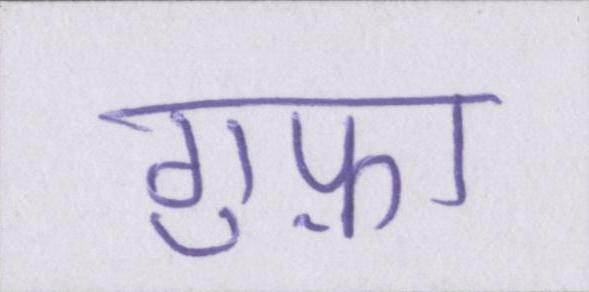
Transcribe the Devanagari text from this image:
गुफ़ा